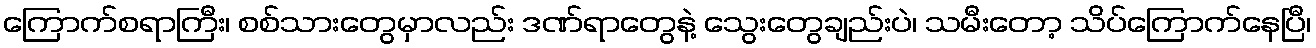
ကြောက်စရာကြီး၊ စစ်သားတွေမှာလည်း ဒဏ်ရာတွေနဲ့ သွေးတွေချည်းပဲ၊ သမီးတော့ သိပ်ကြောက်နေပြီ၊